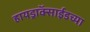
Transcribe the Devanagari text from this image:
हायड्राॅक्साईडच्या